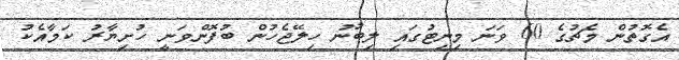
އެގޮތުން މެޗުގެ 60 ވަނަ މިނިޓުގައި ލިބުނު ހިލޭޖެހުން ބުފޮންވަނީ ހުށިޔާރު ކަމާއެކު